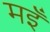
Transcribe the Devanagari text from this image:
मइँ